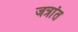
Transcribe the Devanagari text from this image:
जत्रांत